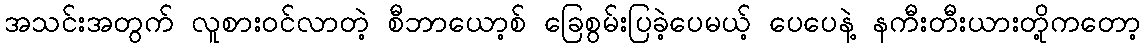
အသင်းအတွက် လူစားဝင်လာတဲ့ စီဘာယော့စ် ခြေစွမ်းပြခဲ့ပေမယ့် ပေပေနဲ့ နကီးတီးယားတို့ကတော့